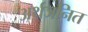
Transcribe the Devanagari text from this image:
अर्थजनित